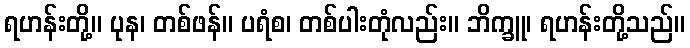
ရဟန်းတို့။ ပုန၊ တစ်ဖန်။ ပရံစ၊ တစ်ပါးတုံလည်း။ ဘိက္ခူ၊ ရဟန်းတို့သည်။